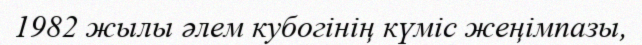
1982 жылы әлем кубогінің күміс жеңімпазы,